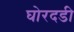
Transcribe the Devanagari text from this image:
घोरदडी